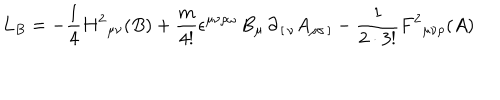
L _ { B } = - { \frac { 1 } { 4 } } H ^ { 2 } { } _ { \mu \nu } ( B ) + { \frac { m } { 4 ! } } \epsilon ^ { \mu \nu \rho \omega } \, B _ { \mu } \, \partial _ { \, [ \, \nu } A _ { \rho \sigma \, ] } - { \frac { 1 } { 2 \cdot 3 ! } } F ^ { 2 } { } _ { \mu \nu \rho } ( A )